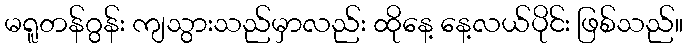
မရူတန်ဂွန်း ကျသွားသည်မှာလည်း ထိုနေ့ နေ့လယ်ပိုင်း ဖြစ်သည်။